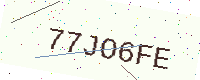
Text: 77JO6FE